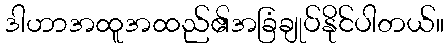
ဒါဟာအထူအထည်၏အခြံချုပ်နိုင်ပါတယ်။